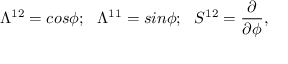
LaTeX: \Lambda ^ { 1 2 } = c o s \phi ; ~ ~ \Lambda ^ { 1 1 } = s i n \phi ; ~ ~ S ^ { 1 2 } = { \frac { \partial } { \partial \phi } } ,